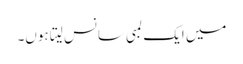
میں ایک لمبی سانس لیتا ہوں۔